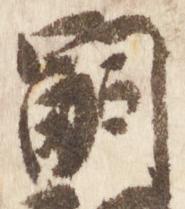
嗣